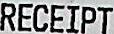
RECEIPT